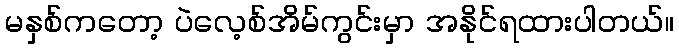
မနှစ်ကတော့ ပဲလေ့စ်အိမ်ကွင်းမှာ အနိုင်ရထားပါတယ်။